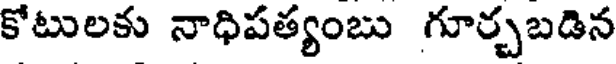
కోటులకు నాధిపత్యంబు గూర్చబడిన